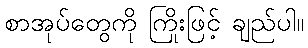
စာအုပ်တွေကို ကြိုးဖြင့် ချည်ပါ။